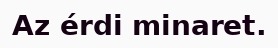
Az érdi minaret.